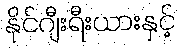
နိုင်ဂျီးရီးယားနှင့်